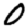
Digit: 0